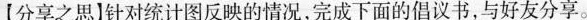
【分享之思]针对统计图反映的情况，完成下面的倡议书，与好友分享。